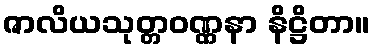
ဇာလိယသုတ္တဝဏ္ဏနာ နိဋ္ဌိတာ။